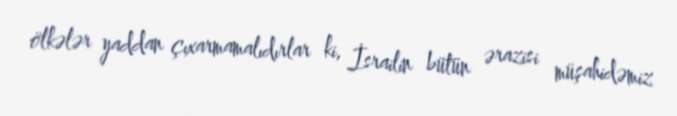
ölkələr yaddan çıxarmamalıdırlar ki, İsrailin bütün ərazisi müşahidəmiz